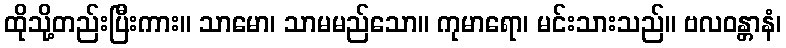
ထိုသို့တည်းပြီးကား။ သာမော၊ သာမမည်သော။ ကုမာရော၊ မင်းသားသည်။ ဗလဝန္တာနံ၊